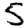
Digit: 5